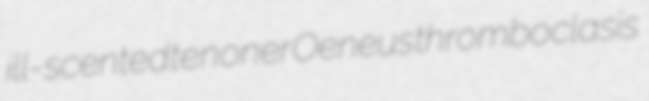
ill-scented tenoner Oeneus thromboclasis